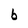
Character: b